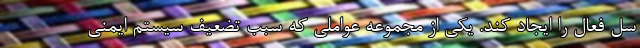
سل فعال را ایجاد کند. یکی از مجموعه عواملی که سبب تضعیف سیستم ایمنی